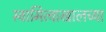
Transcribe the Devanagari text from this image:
स्वामित्वाखालच्या